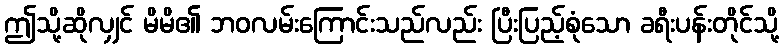
ဤသို့ဆိုလျှင် မိမိ၏ ဘဝလမ်းကြောင်းသည်လည်း ပြီးပြည့်စုံသော ခရီးပန်းတိုင်သို့